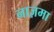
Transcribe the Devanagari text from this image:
नाज़मा